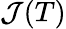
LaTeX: {\cal J}(T)